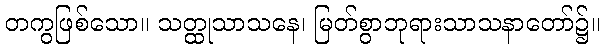
တကွဖြစ်သော။ သတ္ထုသာသနေ၊ မြတ်စွာဘုရားသာသနာတော်၌။